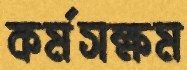
কর্মসক্ষম